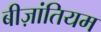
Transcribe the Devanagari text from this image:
बीज़ांतियम